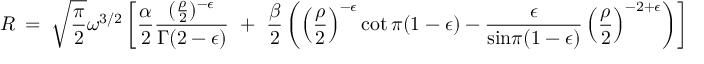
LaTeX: R ~ = ~ { \sqrt { \frac { \pi } { 2 } } } \omega ^ { 3 / 2 } \left[ { \frac { \alpha } { 2 } } \frac { ( { \frac { \rho } { 2 } } ) ^ { - \epsilon } } { \Gamma ( 2 - \epsilon ) } ~ + ~ { \frac { \beta } { 2 } } \left( \left( { \frac { \rho } { 2 } } \right) ^ { - \epsilon } \cot \pi ( 1 - \epsilon ) - \frac { \epsilon } { { \mathrm { s i n } } \pi ( 1 - \epsilon ) } \left( { \frac { \rho } { 2 } } \right) ^ { - 2 + \epsilon } \right) \right] ~ .